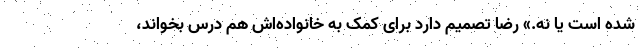
شده است یا نه.» رضا تصمیم دارد برای کمک به خانواده‌اش هم درس بخواند،